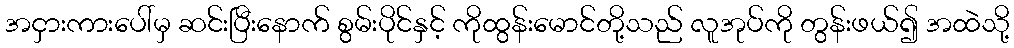
အငှားကားပေါ်မှ ဆင်းပြီးနောက် စွမ်းပိုင်နှင့် ကိုထွန်းမောင်တို့သည် လူအုပ်ကို တွန်းဖယ်၍ အထဲသို့